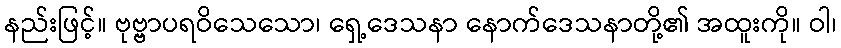
နည်းဖြင့်။ ဗုဗ္ဗာပရဝိသေသော၊ ရှေ့ဒေသနာ နောက်ဒေသနာတို့၏ အထူးကို။ ဝါ၊